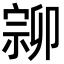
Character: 𡩰